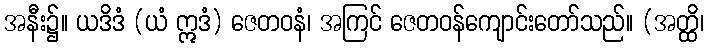
အနီး၌။ ယဒိဒံ (ယံ ဣဒံ) ဇေတဝနံ၊ အကြင် ဇေတဝန်ကျောင်းတော်သည်။ (အတ္ထိ၊